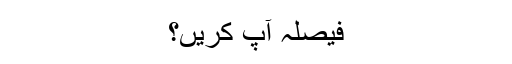
فیصلہ آپ کریں؟